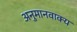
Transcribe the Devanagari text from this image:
अनुमानवाक्य